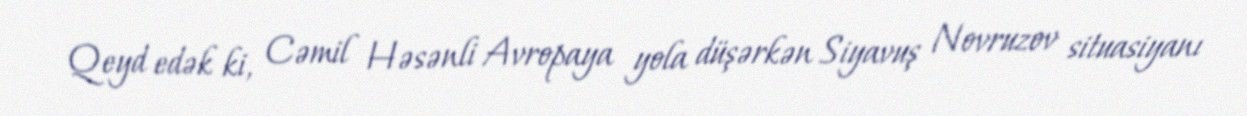
Qeyd edək ki, Cəmil Həsənli Avropaya yola düşərkən Siyavuş Novruzov situasiyanı